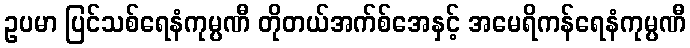
ဥပမာ ပြင်သစ်ရေနံကုမ္ပဏီ တိုတယ်အက်စ်အေနှင့် အမေရိကန်ရေနံကုမ္ပဏီ